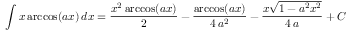
\int x \operatorname { a r c c o s } ( a x ) \, d x = { \frac { x ^ { 2 } \operatorname { a r c c o s } ( a x ) } { 2 } } - { \frac { \operatorname { a r c c o s } ( a x ) } { 4 \, a ^ { 2 } } } - { \frac { x { \sqrt { 1 - a ^ { 2 } x ^ { 2 } } } } { 4 \, a } } + C